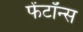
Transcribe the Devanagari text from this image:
फेंटॉन्स